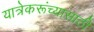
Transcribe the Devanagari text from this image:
यात्रेकरूंच्यासाठी